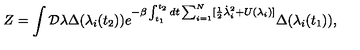
Z = \int { \cal D } \lambda \Delta ( \lambda _ { i } ( t _ { 2 } ) ) e ^ { - \beta \int _ { t _ { 1 } } ^ { t _ { 2 } } d t \sum _ { i = 1 } ^ { N } [ \frac { 1 } { 2 } \dot { \lambda } _ { i } ^ { 2 } + U ( \lambda _ { i } ) ] } \Delta ( \lambda _ { i } ( t _ { 1 } ) ) ,